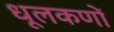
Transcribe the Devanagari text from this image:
धूलकणों